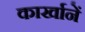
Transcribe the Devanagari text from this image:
कार्खानें